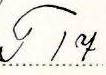
T 17